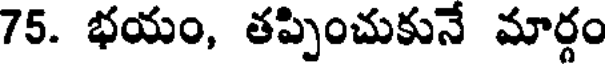
75. భయం, తప్పించుకునే మార్గం